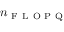
n _ { \mathrm { ~ F ~ L ~ O ~ P ~ Q ~ } }